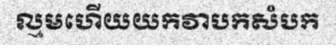
ល្មមហើយយកវាបកសំបក